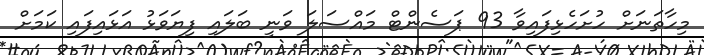
މިހާތަނަށް ހުށަހެޅިފައިވާ 93 ޕަސެންޓް މައްސަލަ ވަނީ ބަލައި ފިޔަވަޅު އަޅައިފައި ކަމަށް